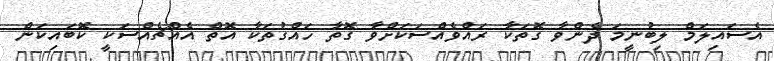
އެސައިލަމް ލިބުނީމަ ދެންވާ ގޮތަކާ ރައްވެއްސަކަށްވާ ގޮތާ ހައްގުތަކާ އޮތް އެއްޗެއްސަކީ ކޮބައިކަން